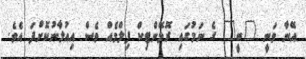
އޭނާ ވަނީ "ބީ" ގެ ނަމުގައި ރޮމޭންޓިކް ފިލްމެއް ވެސް އިއުލާނުކޮށްފަ އެވެ.